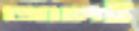
জালই